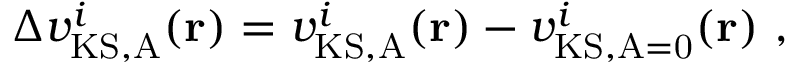
\Delta v _ { \mathrm { K S , A } } ^ { i } ( \mathbf { r } ) = { v _ { \mathrm { K S , A } } ^ { i } ( \mathbf { r } ) } - { v _ { \mathrm { K S , A = 0 } } ^ { i } ( \mathbf { r } ) } \ ,